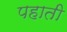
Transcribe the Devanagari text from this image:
पहाती